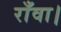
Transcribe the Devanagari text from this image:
राँवा।